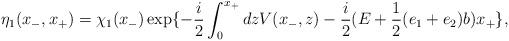
LaTeX: \begin{align*}{\eta}_1(x_{-},x_{+}) = {\chi}_1(x_{-}) \exp\{ - \frac{i}{2}\int_{0}^{x_{+}} dz V(x_{-},z) - \frac{i}{2} (E+\frac{1}{2}(e_1+e_2)b) x_{+} \},\end{align*}